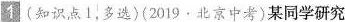
11(知识点1，多选)(2019·北京中考)某同学研究